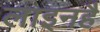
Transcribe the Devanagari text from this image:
लाइनहै